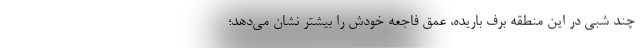
چند شبی در این منطقه برف باریده، عمق فاجعه خودش را بیشتر نشان می‌دهد؛